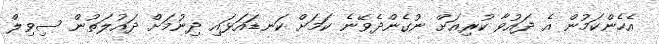
އެހެންކަމުން އެ ދައުވާ ކުރިއަށް ނުގެންދެވޭނެ ކަމަށް ކަނޑައަޅައި ދިނުމަށް ދައުލަތުން ސިވިލް